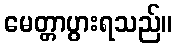
မေတ္တာပွားရသည်။